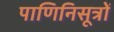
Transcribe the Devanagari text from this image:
पाणिनिसूत्रों